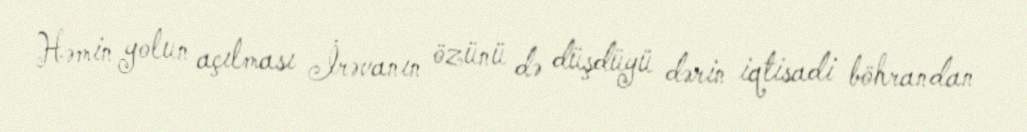
Həmin yolun açılması İrəvanın özünü də düşdüyü dərin iqtisadi böhrandan